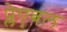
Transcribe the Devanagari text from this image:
प्लेएबल